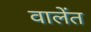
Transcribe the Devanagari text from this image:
वालेंत